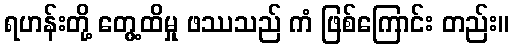
ရဟန်းတို့ တွေ့ထိမှု ဖဿသည် ကံ ဖြစ်ကြောင်း တည်း။